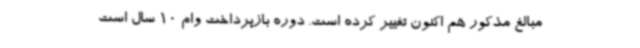
مبالغ مذکور هم اکنون تغییر کرده است. دوره بازپرداخت وام 10 سال است